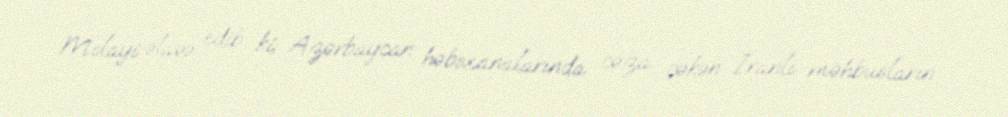
Molayi əlavə edib ki, Azərbaycan həbsxanalarında cəza çəkən İranlı məhbusların